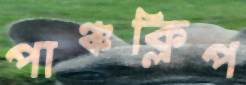
পাঞ্চক্লিপ